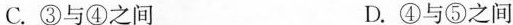
C.③与④之间 D.④与⑤之间